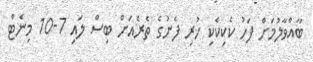
ބާއްވާލުމަށް ފަހު ކެކިކެކި ހުރި ފެނުގެ ތެރެއަށް ބިސް ލައި 7-10 މިނެޓް